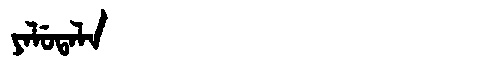
Manchu: ᠶᠠᠯᡠᡨᠠᠯᠠ
Romanization: YALUTALA